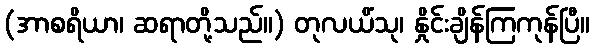
(အာစရိယာ၊ ဆရာတို့သည်။) တုလယိံသု၊ နှိုင်းချိန်ကြကုန်ပြီ။